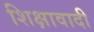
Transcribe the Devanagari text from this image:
शिक्षावादी